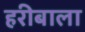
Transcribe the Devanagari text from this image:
हरीबाला